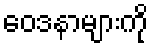
ဝေဒနာများကို